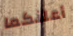
أعلنكما